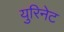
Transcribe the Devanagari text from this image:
युरिनेट